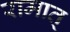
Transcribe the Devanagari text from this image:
रामात्